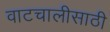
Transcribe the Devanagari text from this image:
वाटचालीसाठी